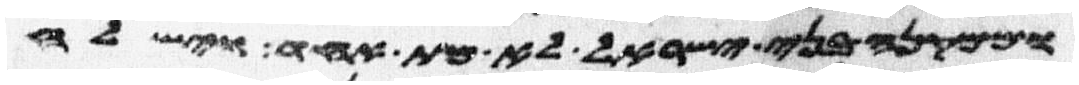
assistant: וממקנה בני ישראל לא מת אחד וישלח